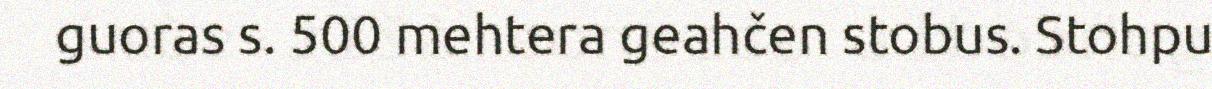
guoras s. 500 mehtera geahčen stobus. Stohpu